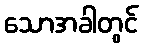
သောအခါတွင်